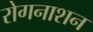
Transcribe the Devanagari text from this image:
रोगनाशन